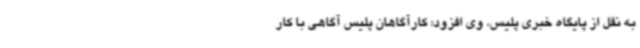
به نقل از پایگاه خبری پلیس، وی افزود: کارآگاهان پلیس آگاهی با کار